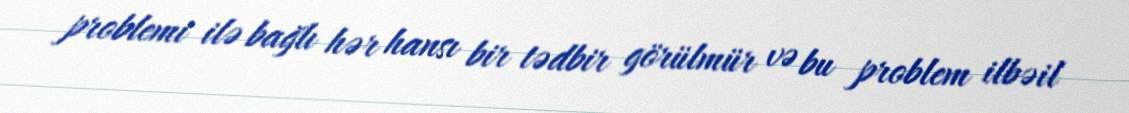
problemi ilə bağlı hər hansı bir tədbir görülmür və bu problem ilbəil